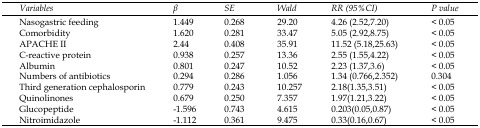
<table><thead><tr><td><b><i>Variables</i></b></td><td><b><i>β</i></b></td><td><b><i>SE</i></b></td><td><b><i>Wald</i></b></td><td><b><i>RR (95%CI)</i></b></td><td><b><i>P value</i></b></td></tr></thead><tbody><tr><td>Nasogastric feeding</td><td>1.449</td><td>0.268</td><td>29.20</td><td>4.26 (2.52,7.20)</td><td>&lt; 0.05</td></tr><tr><td>Comorbidity</td><td>1.620</td><td>0.281</td><td>33.47</td><td>5.05 (2.92,8.75)</td><td>&lt; 0.05</td></tr><tr><td>APACHE II</td><td>2.44</td><td>0.408</td><td>35.91</td><td>11.52 (5.18,25.63)</td><td>&lt; 0.05</td></tr><tr><td>C-reactive protein</td><td>0.938</td><td>0.257</td><td>13.36</td><td>2.55 (1.55,4.22)</td><td>&lt; 0.05</td></tr><tr><td>Albumin</td><td>0.801</td><td>0.247</td><td>10.52</td><td>2.23 (1.37,3.6)</td><td>&lt; 0.05</td></tr><tr><td>Numbers of antibiotics</td><td>0.294</td><td>0.286</td><td>1.056</td><td>1.34 (0.766,2.352)</td><td>0.304</td></tr><tr><td>Third generation cephalosporin</td><td>0.779</td><td>0.243</td><td>10.257</td><td>2.18(1.35,3.51)</td><td>&lt; 0.05</td></tr><tr><td>Quinolinones</td><td>0.679</td><td>0.250</td><td>7.357</td><td>1.97(1.21,3.22)</td><td>&lt; 0.05</td></tr><tr><td>Glucopeptide</td><td>-1.596</td><td>0.743</td><td>4.615</td><td>0.203(0.05,0.87)</td><td>&lt; 0.05</td></tr><tr><td>Nitroimidazole</td><td>-1.112</td><td>0.361</td><td>9.475</td><td>0.33(0.16,0.67)</td><td>&lt; 0.05</td></tr></tbody></table>